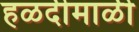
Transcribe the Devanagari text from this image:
हळदीमाळी